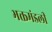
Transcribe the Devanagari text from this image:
भक्तमंडली